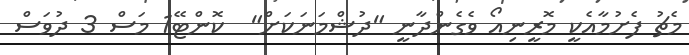
މެޗު ފެށުމާއެކީ މޮރީނިއޯ ވެގެންދާނީ "ދުޝްމަނަކަށް"  ކޮންޓޭ1 މަސް 3 ދުވަސް